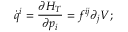
\dot { q } ^ { i } = \frac { \partial H _ { T } } { \partial p _ { i } } = f ^ { i j } \partial _ { j } V ;